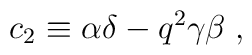
c_{2} \equiv \alpha \delta - q^{2} \gamma \beta \;,